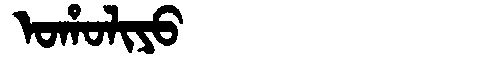
Manchu: ᠣᡥᠣᠯᡳᠶᠣ
Romanization: OHOLIYO